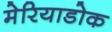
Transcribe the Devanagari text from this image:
मेरियाडोक